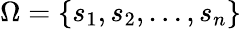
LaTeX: \Omega=\{ s_{1},s_{2},\ldots,s_{n}\}